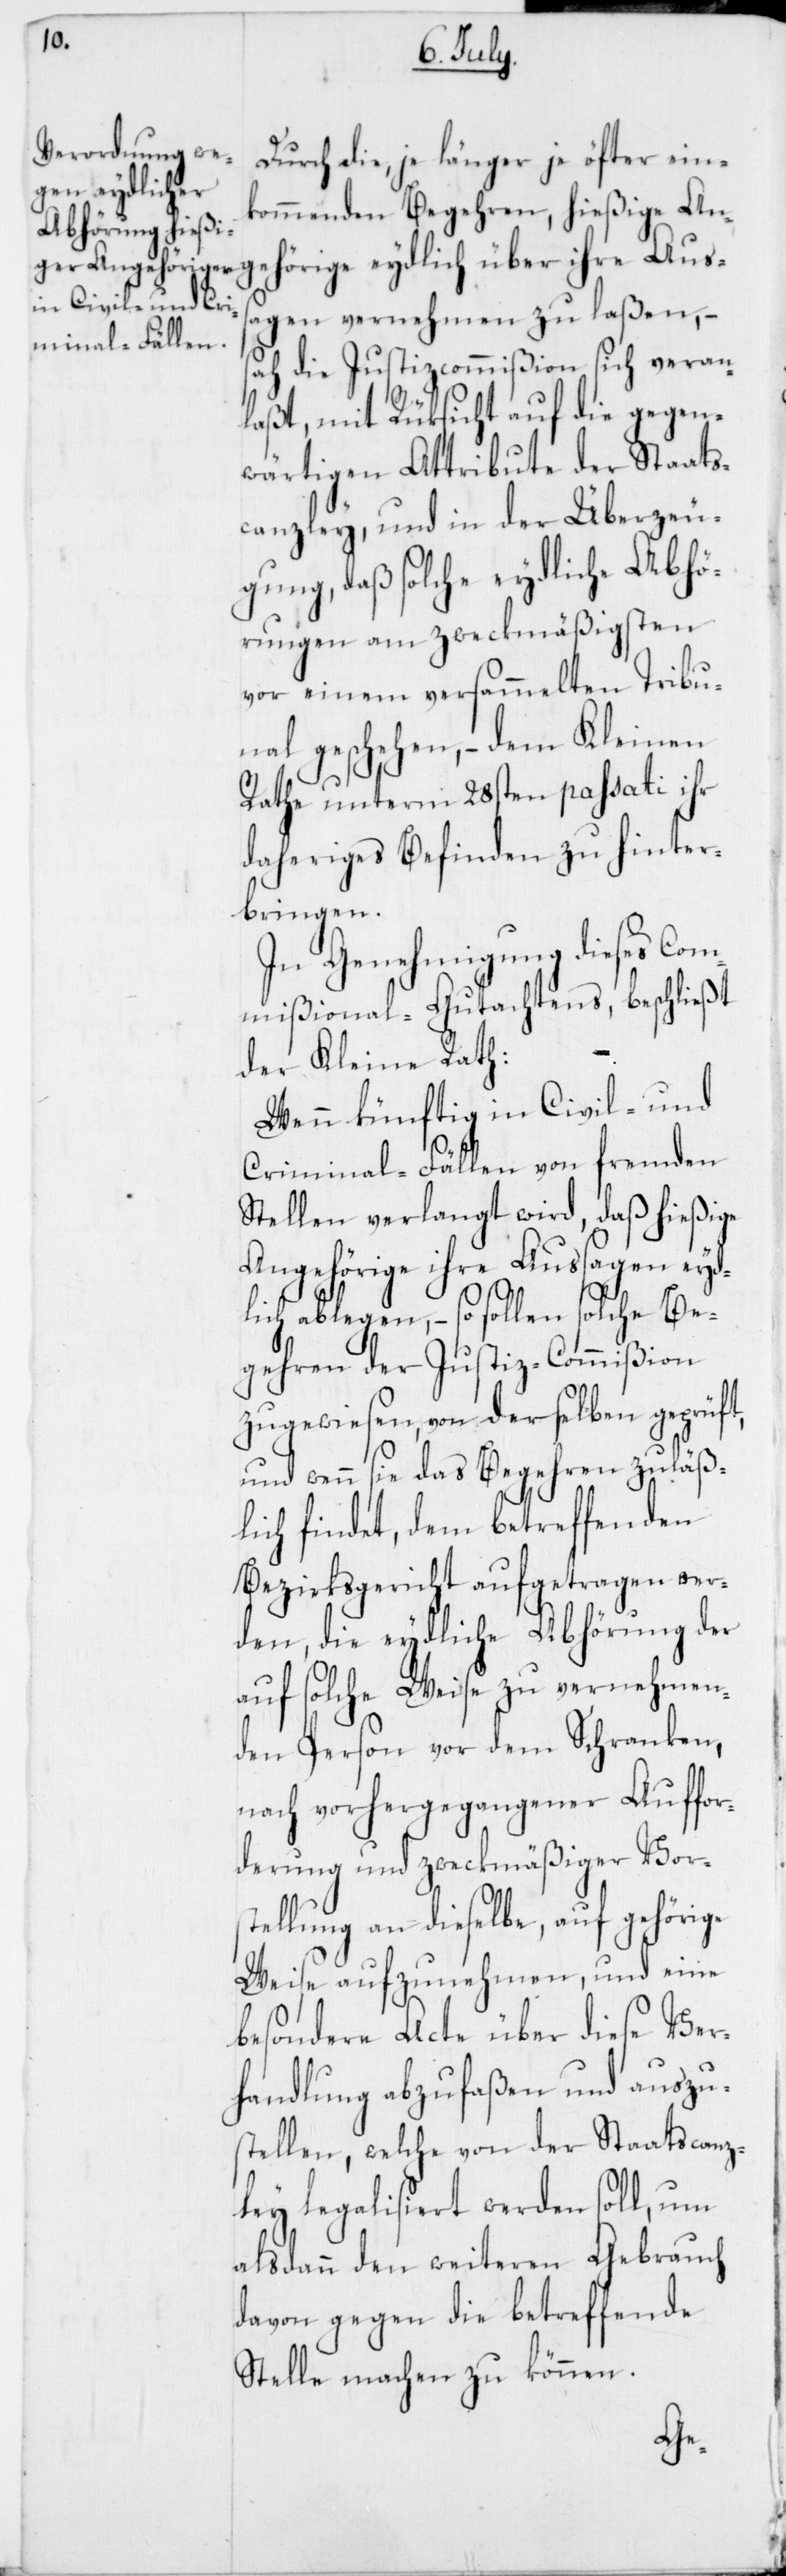
Durch die, je länger je öfter ein¬
ige eydlich
kommenden Begehren, hießige Ang¬
sagen vernehmen zu laßen, –
sah die Justizcommißion sich veran¬
laßt, mit Rüksicht auf die gegen¬
wärtigen Attribute der Staats¬
canzley, und in der Überzeu¬
gung, daß solche eydliche Abhö¬
rungen am zweckmäßigsten
vor einem versammelten Tribu¬
nal geschehen, – dem Kleinen
Rathe unterm 28sten passati ihr
daheriges Befinden zu hinter¬
bringen.
In Genehmigung dieses Com¬
mißional-Gutachtens, beschließt
der Kleine Rath:
Wenn künftig in Civil- und
Criminal-Fällen von fremden
Stellen verlangt wird, daß hießige
Angehörige ihre Aussagen eyd¬
Aus¬
lich ablegen, – so sollen solche Be¬
gehren der Justiz-Commißion
zugewiesen, von derselben geprüft,
und wenn sie das Begehren zuläß¬
lich findet, dem betreffenden
Bezirksgericht aufgetragen wer¬
den, die eydliche Abhörung der
auf solche Weise zu vernehmen¬
den Person vor dem Schranken,
nach vorhergegangener Auffor¬
derung und zweckmäßiger Vors¬
tellung an dieselbe, auf gehörige
Weise aufzunehmen, und eine
besondere Acte über diese Ver¬
handlung abzufaßen und auszu¬
stellen, welche von der Staatscanz¬
ley legalisiert werden soll, um
alsdann den weiteren Gebrauch
davon gegen die betreffende
Stelle machen zu können.
ehör¬